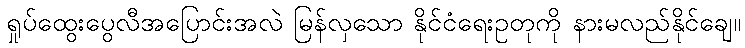
ရှုပ်ထွေးပွေလီအပြောင်းအလဲ မြန်လှသော နိုင်ငံရေးဥတုကို နားမလည်နိုင်ချေ။